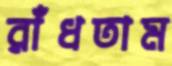
রাঁধতাম